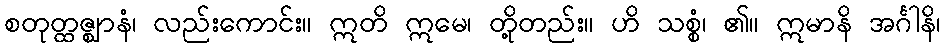
စတုတ္ထဇ္ဈာနံ၊ လည်းကောင်း။ ဣတိ ဣမေ၊ တို့တည်း။ ဟိ သစ္စံ၊ ၏။ ဣမာနိ အင်္ဂါနိ၊